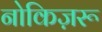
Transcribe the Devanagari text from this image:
नोकिज़रू